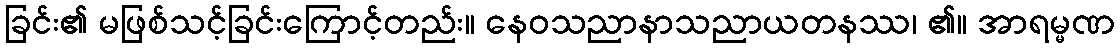
ခြင်း၏ မဖြစ်သင့်ခြင်းကြောင့်တည်း။ နေဝသညာနာသညာယတနဿ၊ ၏။ အာရမ္မဏ